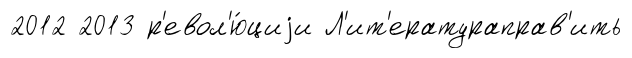
2012 2013 р'евол'ю́циjи Л'ит'ератураправ'ить